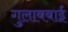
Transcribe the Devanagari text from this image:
गुलाबबाई